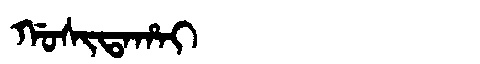
Manchu: ᡤᠣᠰᡳᡨᠠᡥᠠᡳ
Romanization: GOSITAHAI